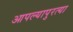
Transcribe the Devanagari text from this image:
आपल्यापुरत्या